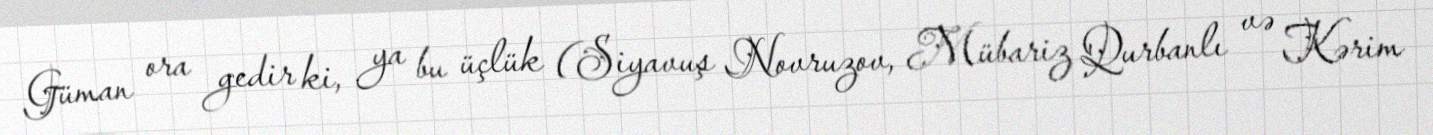
Güman ora gedir ki, ya bu üçlük (Siyavuş Novruzov, Mübariz Qurbanlı və Kərim